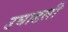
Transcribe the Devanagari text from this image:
उघाडली